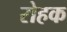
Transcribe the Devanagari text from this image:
रोहक